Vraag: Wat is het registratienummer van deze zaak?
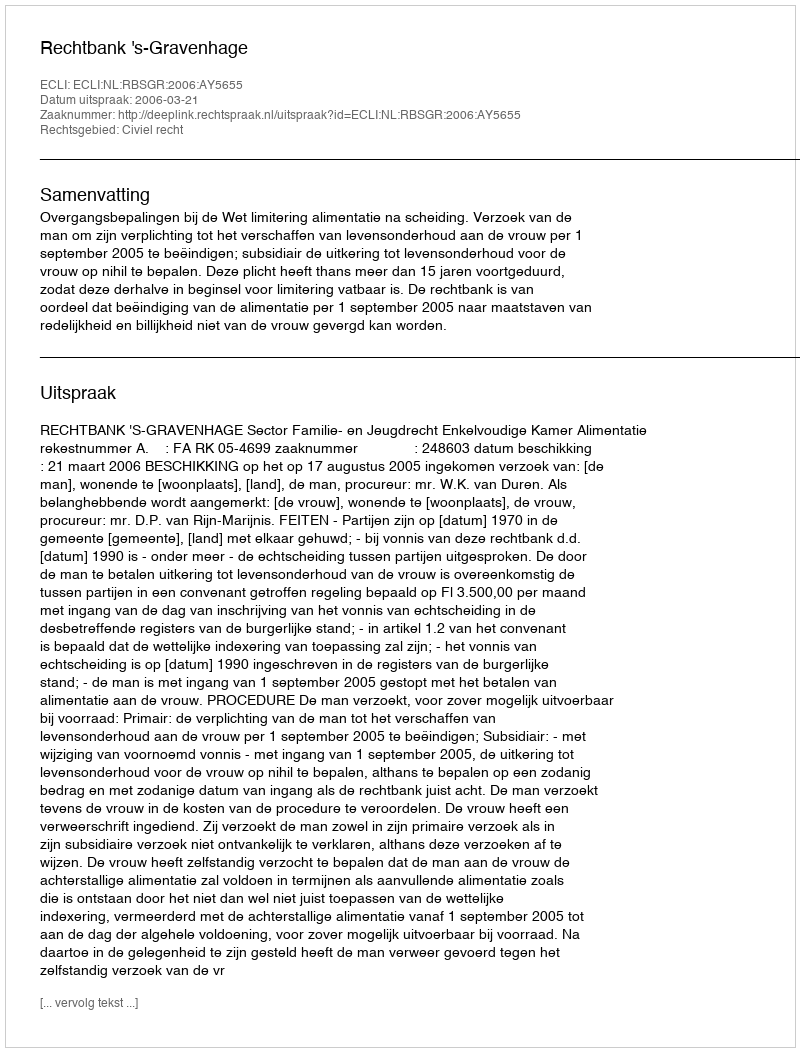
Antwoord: http://deeplink.rechtspraak.nl/uitspraak?id=ECLI:NL:RBSGR:2006:AY5655